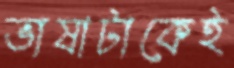
ভাষাটাকেই